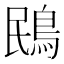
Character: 鴖